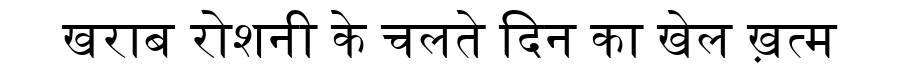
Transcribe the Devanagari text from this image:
खराब रोशनी के चलते दिन का खेल ख़त्म